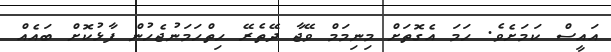
އައީސް ކަމަށެވެ. ހަމަ އެގޮތަށް މިނިމަމް ވޭޖާ ދޭތެރޭ ހިތްހަމަނުޖެހުން ފާޅުކޮށް ބައެއް